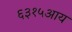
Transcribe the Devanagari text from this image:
६३१५आय